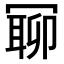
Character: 𠖛